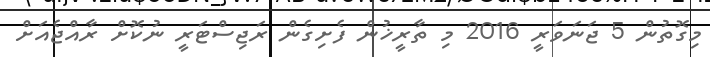
މިގޮތުން 5 ޖަނަވަރީ 2016 މި ތާރީޚުން ފެށިގެން ރަޖިސްޓަރީ ނުކޮށް ރާއްޖެއަށް